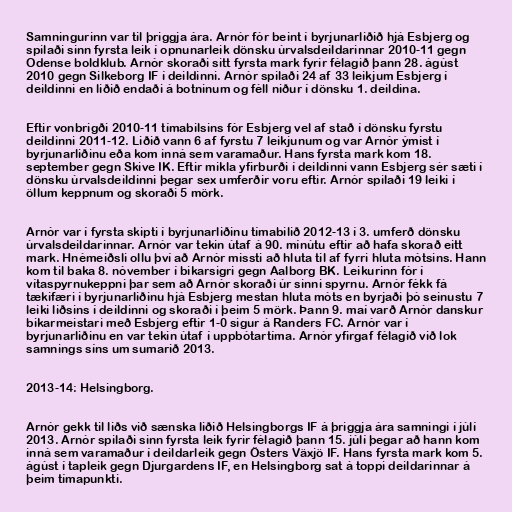
Samningurinn var til þriggja ára. Arnór fór beint í byrjunarliðið hjá Esbjerg og
spilaði sinn fyrsta leik í opnunarleik dönsku úrvalsdeildarinnar 2010-11 gegn
Odense boldklub. Arnór skoraði sitt fyrsta mark fyrir félagið þann 28. ágúst
2010 gegn Silkeborg IF í deildinni. Arnór spilaði 24 af 33 leikjum Esbjerg í
deildinni en liðið endaði á botninum og féll niður í dönsku 1. deildina.

Eftir vonbrigði 2010-11 tímabilsins fór Esbjerg vel af stað í dönsku fyrstu
deildinni 2011-12. Liðið vann 6 af fyrstu 7 leikjunum og var Arnór ýmist í
byrjunarliðinu eða kom inná sem varamaður. Hans fyrsta mark kom 18.
september gegn Skive IK. Eftir mikla yfirburði í deildinni vann Esbjerg sér sæti í
dönsku úrvalsdeildinni þegar sex umferðir voru eftir. Arnór spilaði 19 leiki í
öllum keppnum og skoraði 5 mörk.

Arnór var í fyrsta skipti í byrjunarliðinu tímabilið 2012-13 í 3. umferð dönsku
úrvalsdeildarinnar. Arnór var tekin útaf á 90. mínútu eftir að hafa skorað eitt
mark. Hnémeiðsli ollu því að Arnór missti að hluta til af fyrri hluta mótsins. Hann
kom til baka 8. nóvember í bikarsigri gegn Aalborg BK. Leikurinn fór í
vítaspyrnukeppni þar sem að Arnór skoraði úr sinni spyrnu. Arnór fékk fá
tækifæri í byrjunarliðinu hjá Esbjerg mestan hluta móts en byrjaði þó seinustu 7
leiki liðsins í deildinni og skoraði í þeim 5 mörk. Þann 9. maí varð Arnór danskur
bikarmeistari með Esbjerg eftir 1-0 sigur á Randers FC. Arnór var í
byrjunarliðinu en var tekin útaf í uppbótartíma. Arnór yfirgaf félagið við lok
samnings síns um sumarið 2013.

2013-14: Helsingborg.

Arnór gekk til liðs við sænska liðið Helsingborgs IF á þriggja ára samningi í júlí
2013. Arnór spilaði sinn fyrsta leik fyrir félagið þann 15. júlí þegar að hann kom
inná sem varamaður í deildarleik gegn Östers Växjö IF. Hans fyrsta mark kom 5.
ágúst í tapleik gegn Djurgardens IF, en Helsingborg sat á toppi deildarinnar á
þeim tímapunkti.